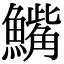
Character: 𫙾